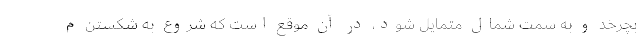
بچرخد و به سمت شمال متمایل شود، در آن موقع است که شروع به شکستن م